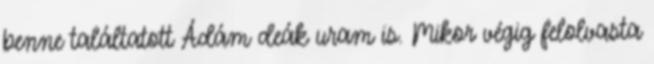
benne találtatott Ádám deák uram is. Mikor végig felolvasta